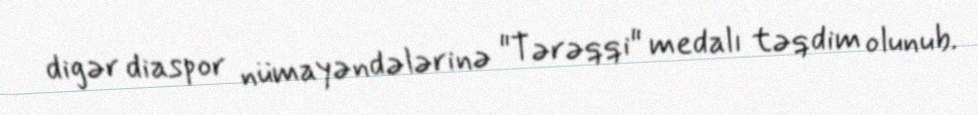
digər diaspor nümayəndələrinə "Tərəqqi" medalı təqdim olunub.